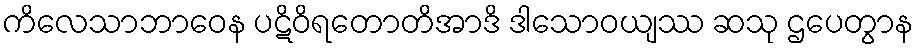
ကိလေသာဘာဝေန ပဋိဝိရတောတိအာဒိ ဒါသောဝယျဿ ဆသု ဌပေတွာန